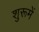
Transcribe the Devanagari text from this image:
शुरूमें